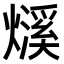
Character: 𤐓